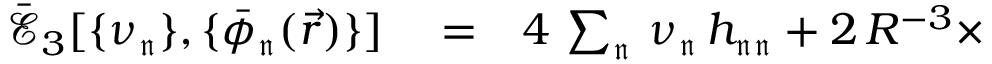
\begin{array} { r l r } { \mathcal { \bar { E } } _ { 3 } [ \{ \nu _ { \mathfrak { n } } \} , \{ \bar { \phi } _ { \mathfrak { n } } ( \vec { r } ) \} ] } & { { } = } & { 4 \, \sum _ { \mathfrak { n } } \, \nu _ { \mathfrak { n } } \, h _ { \mathfrak { n } \mathfrak { n } } + 2 \, R ^ { - 3 } \times } \end{array}